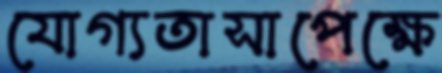
যোগ্যতাসাপেক্ষে